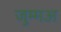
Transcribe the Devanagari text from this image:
जुम्मअ